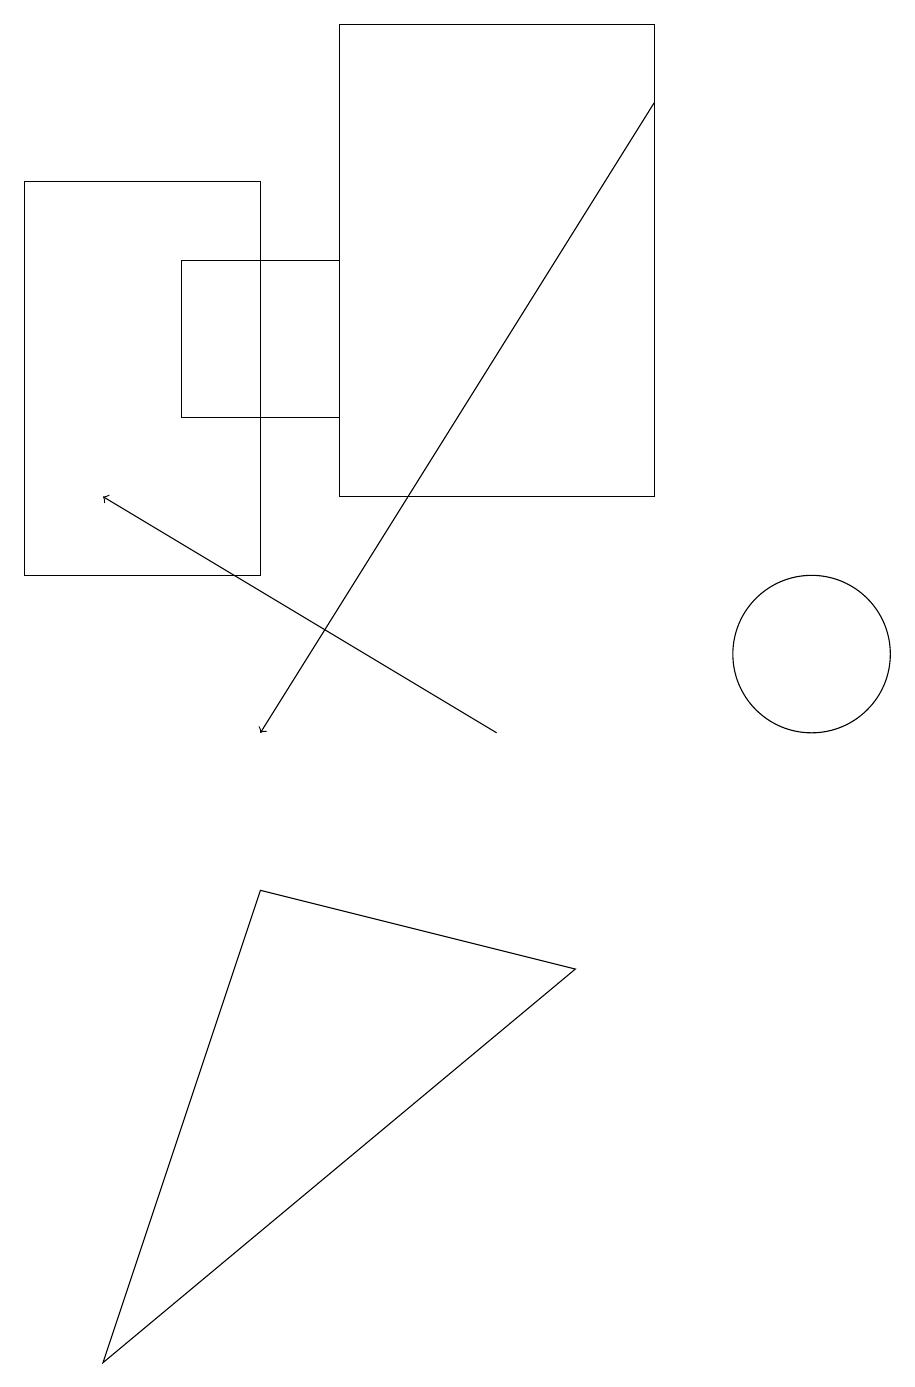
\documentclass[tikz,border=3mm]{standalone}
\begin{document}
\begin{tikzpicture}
\draw (4,8) -- (2,2) -- (8,7) -- cycle;
\draw[->] (9,18) -- (4,10);
\draw (11,11) circle (1);
\draw (9,19) rectangle (5,13);
\draw (3,16) rectangle (5,14);
\draw (4,17) rectangle (1,12);
\draw[->] (7,10) -- (2,13);
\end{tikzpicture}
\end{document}